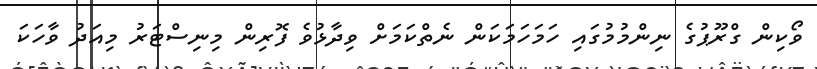
ވޯކިން ގްރޫޕުގެ ނިންމުމުގައި ހަމަހަމަކަން ނެތްކަމަށް ވިދާޅުވެ ފޮރިން މިނިސްޓަރު މިއަދު ވާހަކަ